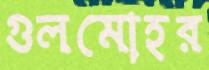
গুলমোহর